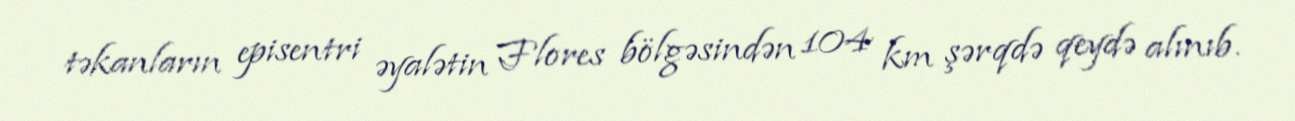
təkanların episentri əyalətin Flores bölgəsindən 104 km şərqdə qeydə alınıb.